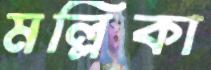
মল্লিকা